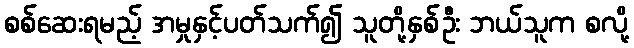
စစ်ဆေးရမည့် အမှုနှင့်ပတ်သက်၍ သူတို့နှစ်ဦး ဘယ်သူက စလို့